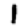
Digit: 1